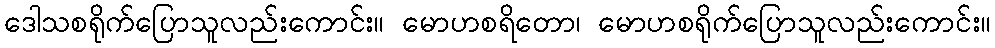
ဒေါသစရိုက်ပြောသူလည်းကောင်း။ မောဟစရိတော၊ မောဟစရိုက်ပြောသူလည်းကောင်း။